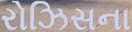
રોઝિસના